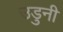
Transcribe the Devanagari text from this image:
उडुनी